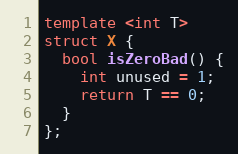
Language: C++
template <int T>
struct X {
  bool isZeroBad() {
    int unused = 1;
    return T == 0;
  }
};